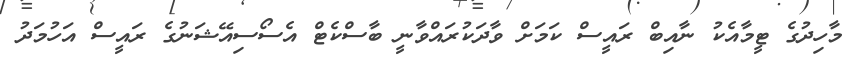
މާހިދުގެ ޓީމާއެކު ނާއިބް ރައީސް ކަމަށް ވާދަކުރައްވާނީ ބާސްކެޓް އެސޯސިއޭޝަނުގެ ރައީސް އަހުމަދު